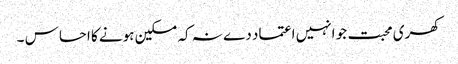
کھری محبت جو انہیں اعتماد دے نہ کہ مسکین ہونے کا احساس ۔